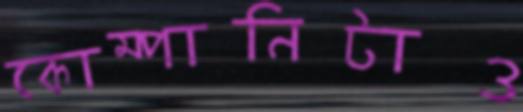
কোম্পানিটাও